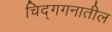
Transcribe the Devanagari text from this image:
चिद्‌गगनातील